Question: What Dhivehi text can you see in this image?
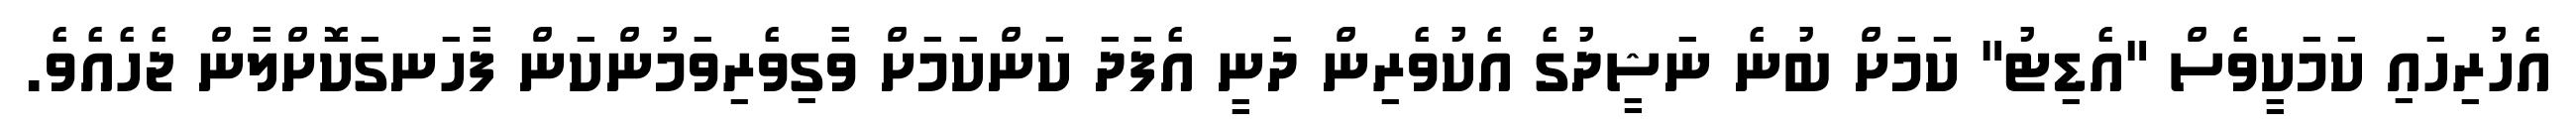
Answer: އެހުރިހައި ކަމަކީވެސް "އެޑިޓު" ކަމަށް ބުނެ ނަޝީދުގެ އެކުވެރިން ދަނީ އެފަދަ ކަންކަމަށް ވާގިވެރިވަމުންކަން ފާހަނގަކޮށްލާން ޖެހެއެވެ.